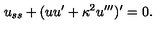
u _ { s s } + ( u u ^ { \prime } + \kappa ^ { 2 } u ^ { \prime \prime \prime } ) ^ { \prime } = 0 .